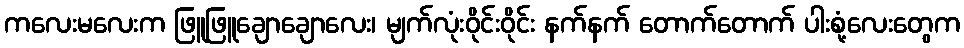
ကလေးမလေးက ဖြူဖြူချောချောလေး၊ မျက်လုံးဝိုင်းဝိုင်း နက်နက် တောက်တောက် ပါးစုံ့လေးတွေက